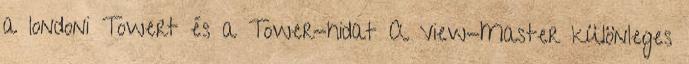
a londoni Towert és a Tower-hidat A View-Master különleges